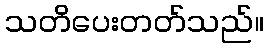
သတိပေးတတ်သည်။